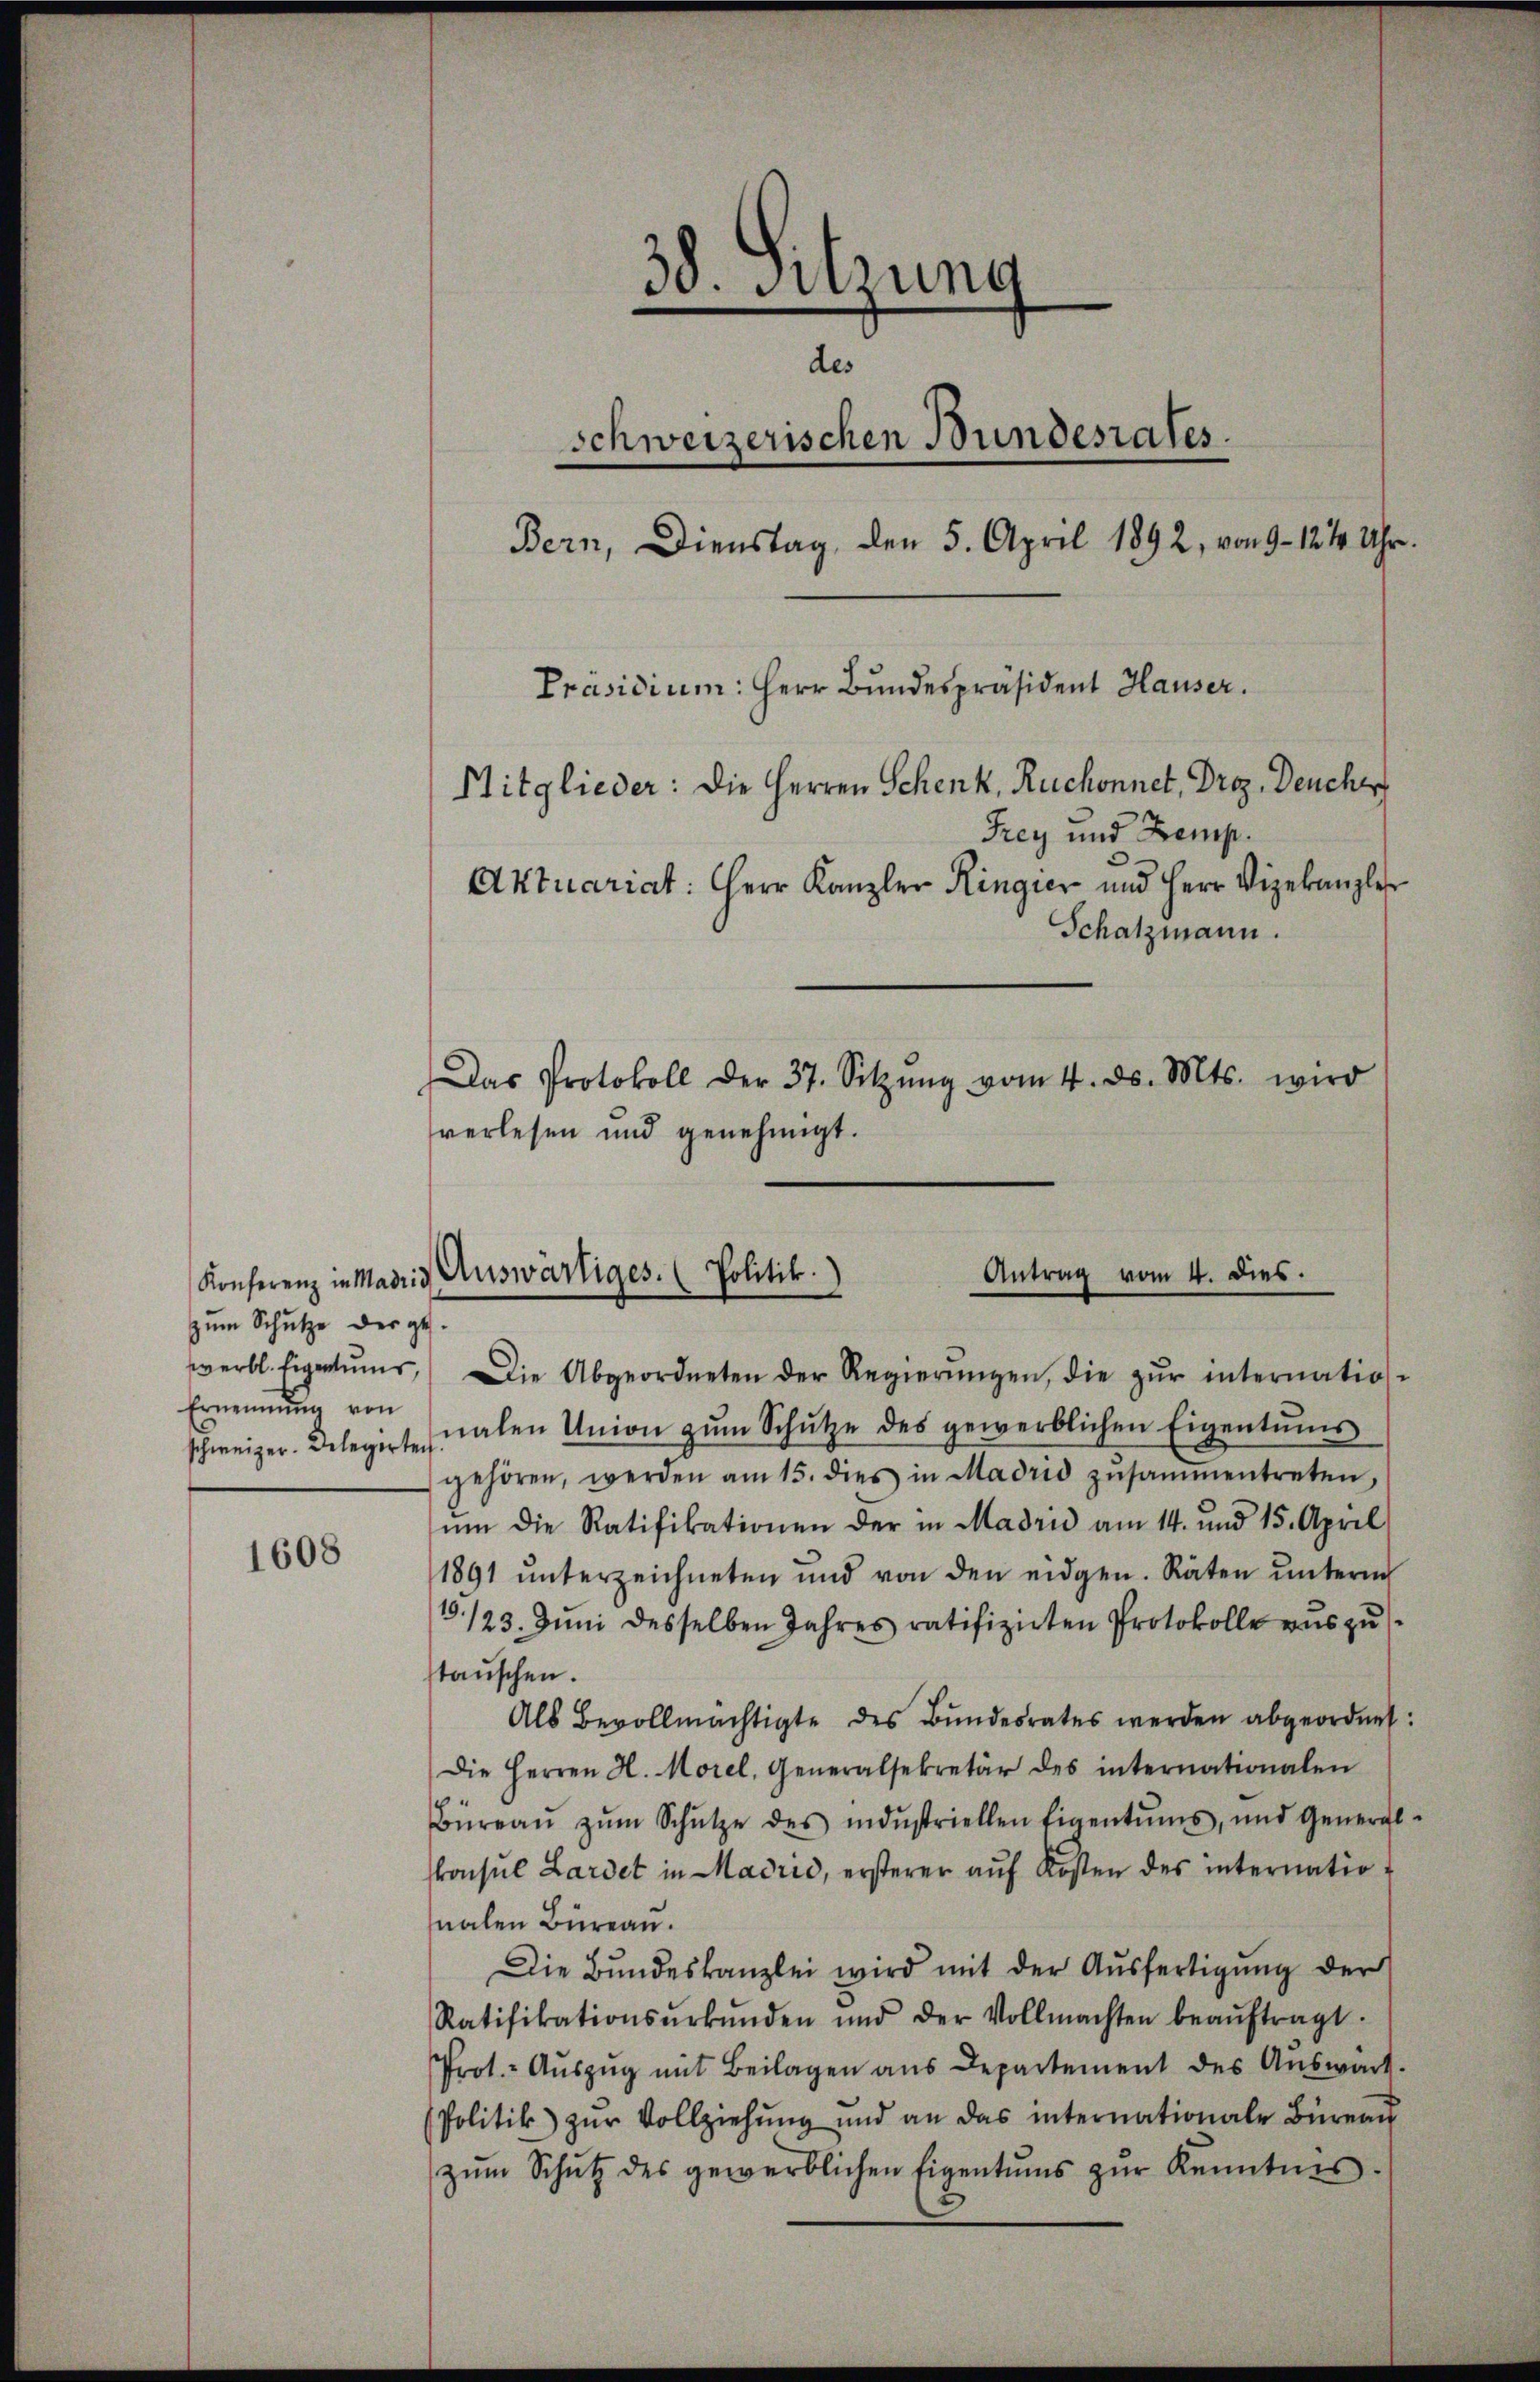
Konferenz in Madrid
zum Schutze der ge
Ernennung von

1608

38. Sitzung
u
schweizerischen Bundesrates.
Bern, Dienstag, den 5. April 1892, von 9 - 1244 Uhr.
Präsidium: Herr Bundespräsident Hauser.
Mitglieder: Die Herren Schenk, Ruchonnet, Droz. Deucht
Frey und Zemp.
Aktuariat: Herr Kanzler Ringier und Herr Vizekanzler
Schatzmann.
Das Protokoll der 37. Sitzŭng vom 4. ds. Mts. wird

verlesen und genehmigt.

.
werbl. Eigentums. Die Abgeordneten der Regierŭngen, die zŭr internation-
schweizer. Delegirtenalen Union zŭm Schütze des gewerblichen Eigentums
gehören, werden am 15. dies in Madrid zusammentreten,
ŭm die Ratifikationen der in Madrić am 14. und 15. April
1891 ŭnterzeichneten und von den eidgen. Räten ŭnterm
1./23. Juni desselben Jahres ratifizirten Protokolle aŭszŭs
stauschen.
Als Bevollmächtigte des Bŭndesrates werden abgeordnet:
Die Herren H. Morel, Generalsekretär des internationalen
Büreaŭ zŭm Schütze des indŭstriellen Eigentums, und General-
konsul Lardet in Madrić, ersterer aŭf Kosten des internatio
nalen Büreau.
Die Bŭndeskanzlei wird mit der Aŭsfertigŭng der
Ratifikationsŭrkŭnden und der Vollmachten beaŭftragt.
Prot.- Aŭszŭg mit Beilagen aus Departement des Auswärt
Politik zŭr Vollziehŭng und an das internationale Büreaŭ
zŭm Schŭtz des gewerblichen Eigentums zŭr Kenntnis.

Antrag vom 4. dies.
Auswärtiges. (Politik.)